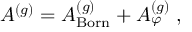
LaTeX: A ^ { ( g ) } = A _ { \mathrm { B o r n } } ^ { ( g ) } + A _ { \varphi } ^ { ( g ) } \; ,